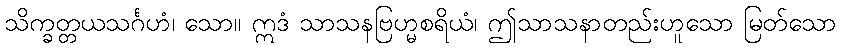
သိက္ခတ္တယသင်္ဂဟံ၊ သော။ ဣဒံ သာသနဗြဟ္မစရိယံ၊ ဤသာသနာတည်းဟူသော မြတ်သော